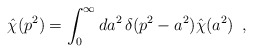
\begin{align*}\hat\chi(p^2) = \int_{0}^{\infty} da^2\,\delta(p^2 - a^2) \hat\chi(a^2)\,\,\,,\end{align*}